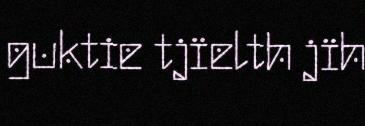
guktie tjïelth jïh